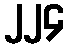
၂၂၄